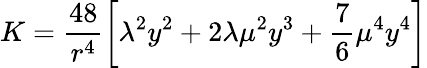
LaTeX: K=\frac{48}{r^{4}}\left[\lambda^{2}y^{2}+2\lambda\mu^{2}y^{3}+\frac{7}{6}\mu^{4}y^{4}\right]